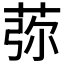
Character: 𦰴